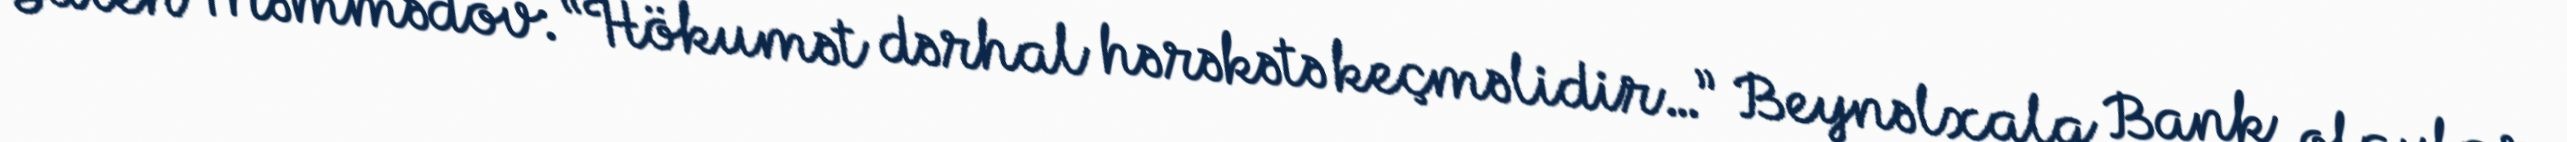
Saleh Məmmədov: “Hökumət dərhal hərəkətə keçməlidir…” Beynəlxalq Bank olayları